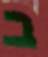
ב